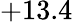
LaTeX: +13.4